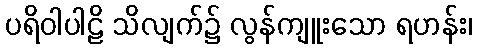
ပရိဝါပါဠိ သိလျက်၌ လွန်ကျူးသော ရဟန်း၊